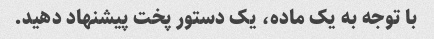
با توجه به یک ماده، یک دستور پخت پیشنهاد دهید.